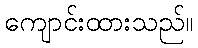
ကျောင်းထားသည်။